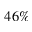
4 6 \%